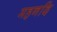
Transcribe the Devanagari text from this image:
महनदि